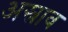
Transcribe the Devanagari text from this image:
अस्राव